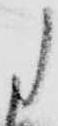
に